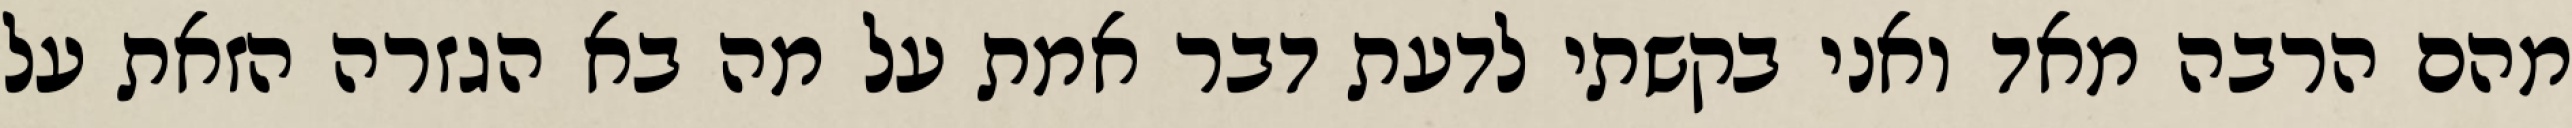
מהם הרבה מאד ואני בקשתי לדעת דבר אמת על מה בא הגזרה הזאת על